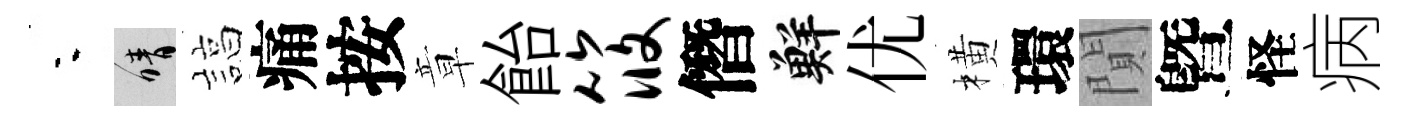
夜晴諄痛按章飴筱僭鮮优橫環閴曁怪病